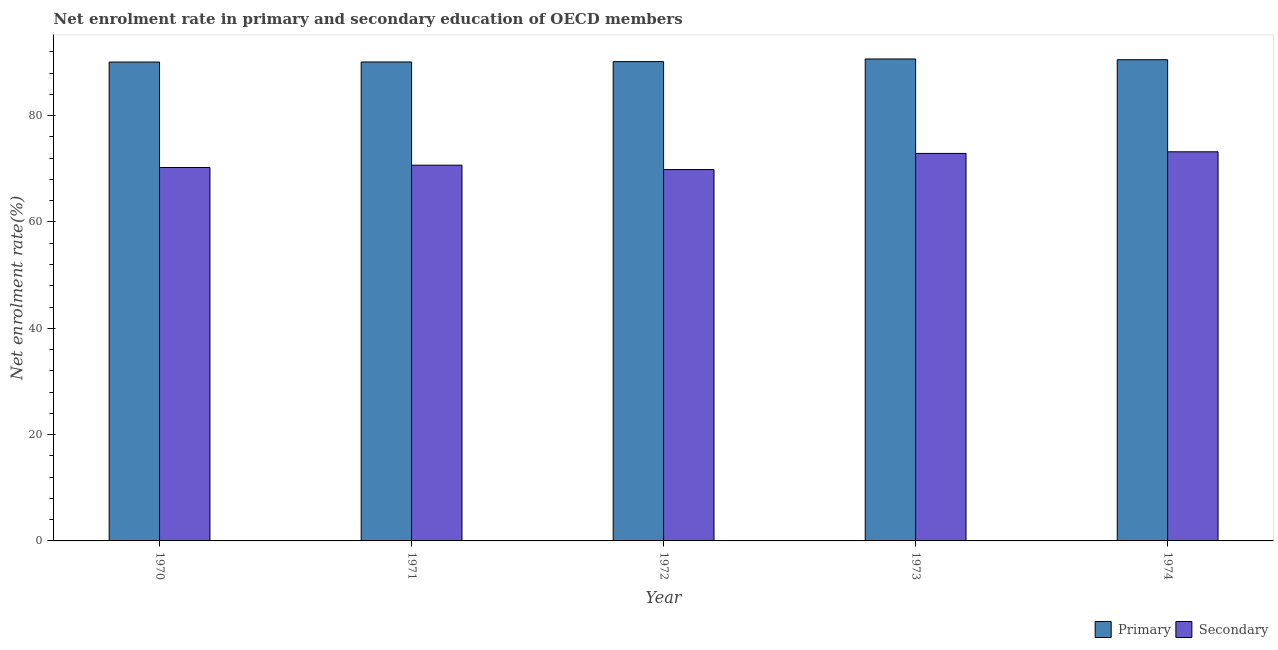
| Year | Primary | Secondary |
 | --- | --- | --- |
 | 1970 | 90.1 | 70.2 |
 | 1971 | 90.1 | 70.7 |
 | 1972 | 90.2 | 69.9 |
 | 1973 | 90.7 | 72.9 |
 | 1974 | 90.5 | 73.2 |